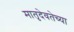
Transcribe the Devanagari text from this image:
मातृदेवतेच्या